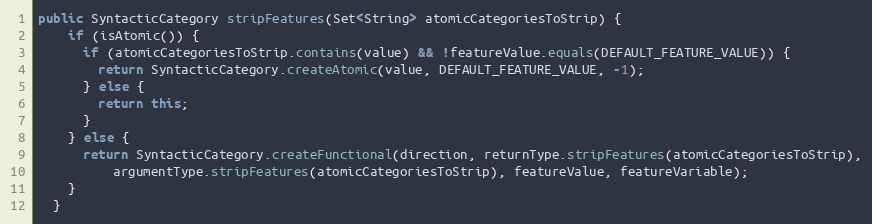
Language: Java
public SyntacticCategory stripFeatures(Set<String> atomicCategoriesToStrip) {
    if (isAtomic()) {
      if (atomicCategoriesToStrip.contains(value) && !featureValue.equals(DEFAULT_FEATURE_VALUE)) {
        return SyntacticCategory.createAtomic(value, DEFAULT_FEATURE_VALUE, -1);
      } else {
        return this;
      }
    } else {
      return SyntacticCategory.createFunctional(direction, returnType.stripFeatures(atomicCategoriesToStrip),
          argumentType.stripFeatures(atomicCategoriesToStrip), featureValue, featureVariable);
    }
  }